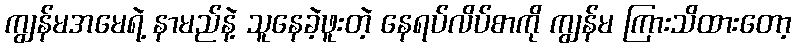
ကျွန်မအမေရဲ့ နာမည်နဲ့ သူနေခဲ့ဖူးတဲ့ နေရပ်လိပ်စာကို ကျွန်မ ကြားသိထားတော့